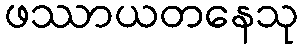
ဖဿာယတနေသု